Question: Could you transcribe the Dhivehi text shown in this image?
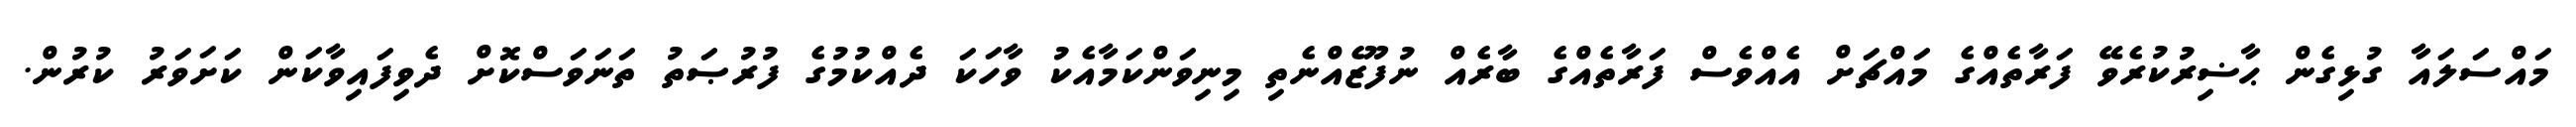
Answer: މައްސަލައާ ގުޅިގެން ޙާޟިރުކުރެވޭ ފަރާތެއްގެ މައްޗަށް އެއްވެސް ފަރާތެއްގެ ބާރެއް ނުފޫޒެއްނެތި މިނިވަންކަމާއެކު ވާހަކަ ދެއްކުމުގެ ފުރުޞަތު ތަނަވަސްކޮށް ދެވިފައިވާކަން ކަށަވަރު ކުރުން.